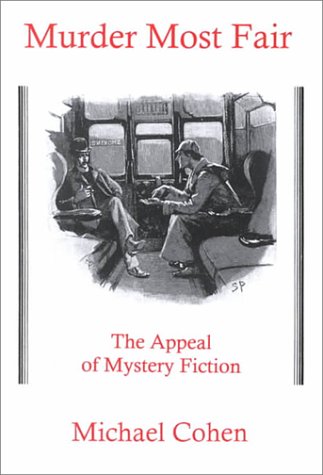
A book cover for Murder Most Fair : The Appeal of Mystery Fiction; Michael Cohen; Mystery, Thriller & Suspense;